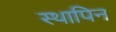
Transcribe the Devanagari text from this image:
स्थापिन